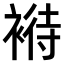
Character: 𧛶